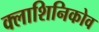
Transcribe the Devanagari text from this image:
क्लाशिनिकोव